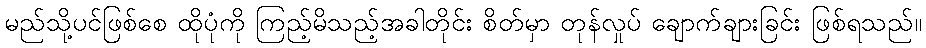
မည်သို့ပင်ဖြစ်စေ ထိုပုံကို ကြည့်မိသည့်အခါတိုင်း စိတ်မှာ တုန်လှုပ် ချောက်ချားခြင်း ဖြစ်ရသည်။